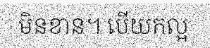
មិនខាន។ បើយកល្អ